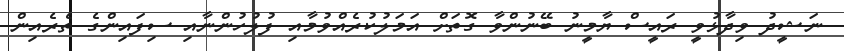
ނަޝީދު ވިދާޅުވީ ރައީސް ޔާމީނު ބޭނުންވާ ގޮތަށް އަމަލުކުރެއްވުމާއި ފުލުހުންނާއި ސިފައިންގެ ތެރެއިން